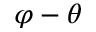
\varphi - \theta